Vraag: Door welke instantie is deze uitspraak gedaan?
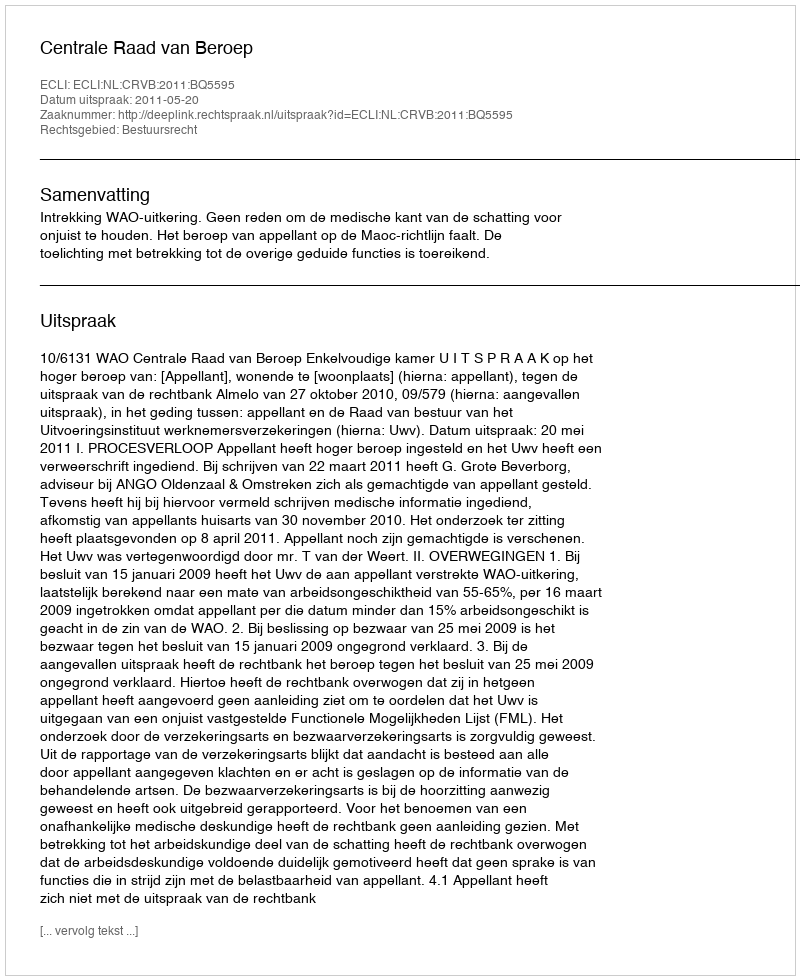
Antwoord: Centrale Raad van Beroep